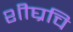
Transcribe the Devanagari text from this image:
शीघ्रचि